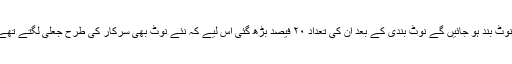
یہ دعویٰ بھی کیا گیا کہ نقلی نوٹ بند ہو جائیں گے نوٹ بندی کے بعد ان کی تعداد ۲۰ فیصد بڑھ گئی اس لیے کہ نئے نوٹ بھی سرکار کی طرح جعلی لگتے تھے جس کی نقل بنانا آسان ترتھا۔